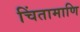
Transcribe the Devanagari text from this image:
चिंतामाणि